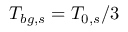
{ T _ { b g , s } = T _ { 0 , s } / 3 }